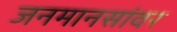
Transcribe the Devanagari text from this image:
जनमानसांवर